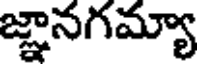
జ్ఞానగమ్యా